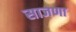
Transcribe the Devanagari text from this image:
साजणा